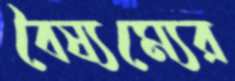
বৈষ্যম্যের